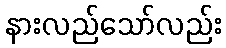
နားလည်သော်လည်း